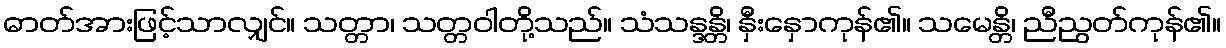
ဓာတ်အားဖြင့်သာလျှင်။ သတ္တာ၊ သတ္တဝါတို့သည်။ သံသန္ဒန္တိ၊ နှီးနှောကုန်၏။ သမေန္တိ၊ ညီညွတ်ကုန်၏။